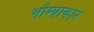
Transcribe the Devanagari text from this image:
भौम्याकार